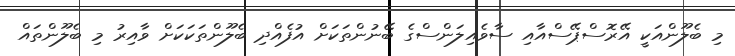
މި ބެލޫންއަކީ އޭރޮސްޕޭސްއާއި ސާވެއިލަންސްގެ ބޭނުންތަކަށް އުފެއްދި ބެލޫންތަކަކަށް ވާއިރު މި ބެލޫންތައް